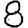
Digit: 8